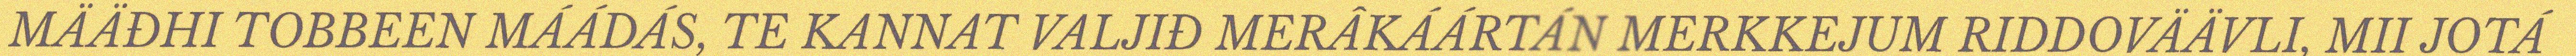
MÄÄĐHI TOBBEEN MÁÁDÁS, TE KANNAT VALJIĐ MERÂKÁÁRTÁN MERKKEJUM RIDDOVÄÄVLI, MII JOTÁ